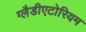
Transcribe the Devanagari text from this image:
ग्लैडीएटोरियम